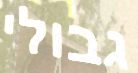
גבולי